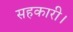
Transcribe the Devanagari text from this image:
सहकारी।